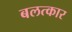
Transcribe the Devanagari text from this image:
बलत्कार